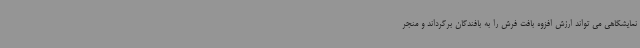
نمایشگاهی می تواند ارزش افزوه بافت فرش را به بافندگان برگرداند و منجر